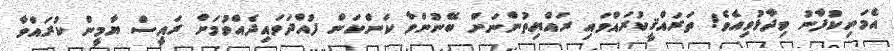
އެމަނިކުފާނު ވިދާޅުވިއެވެ! ތަރައްޤީކުރައްވައި ރައްޔިތުންނަށް ބޭނުންވާ ކަންކަން ފުއްދަވައިދެއްވުމަށް ރައީސް ޔާމީން ކުރައްވާ